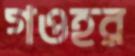
গওহর